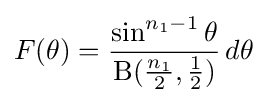
F(\theta )={\frac {\sin ^{n_{1}-1}\theta }{\mathrm {B} ({\frac {n_{1}}{2}},{\frac {1}{2}})}}\,d\theta